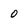
Character: O